Lunatic asylums Punjab 1868-1880 - 1868-1880
Year: 1868
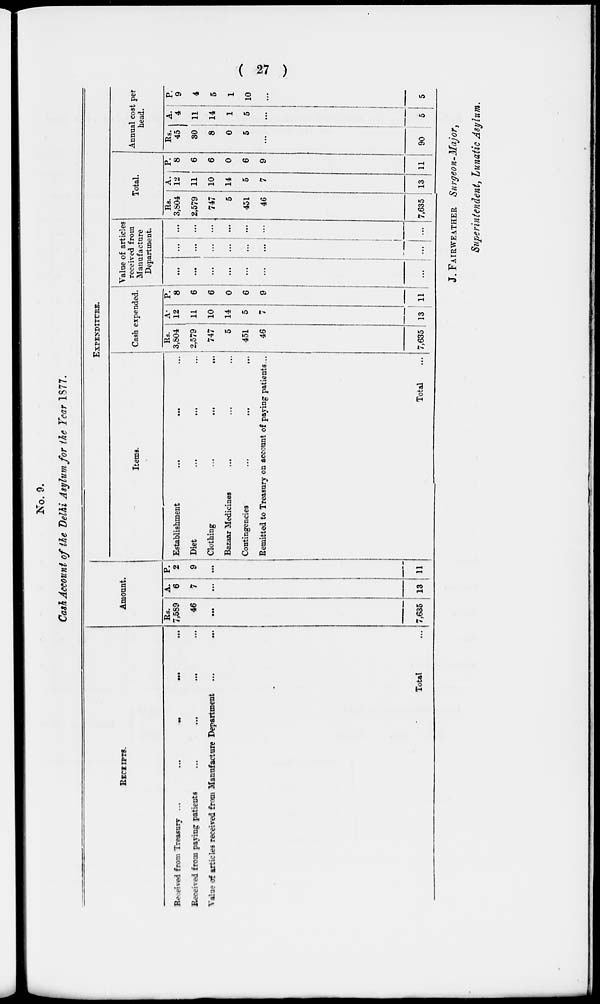
( 27 )
No. 9.
Cash Account of the Delhi Asylum for the Year 1877.
RECEIPTS.
Received from Treasury ...
...
...
...
Received from paying patients
...
...
...
Value of articles received from Manufacture Department ...
...
Total ...
Amount.
Rs.
7,589
46
...
7,635
A.
6
7
...
13
P.
2
9
...
11
EXPENDITURE.
Items.
Establishment ... ... ...
Diet
...
...
...
Clothing ... ... ...
Bazaar Medicines ... ... ...
Contingencies
...
...
...
Remitted to Treasury on account of paying patients...
Total
Cash expended.
Rs.
3,804
2,579
747
5
451
46
7,635
A.
12
11
10
14
5
7
13
P.
8
6
6
0
6
9
11
Value of articles
received from
Manufacture
Department.
...
...
...
...
...
...
...
...
...
...
...
...
...
...
...
...
...
...
...
...
...
Total.
Rs.
3,804
2,579
747
5
451
46
7,635
A.
12
11
10
14
5
7
13
P.
8
6
6
0
6
9
11
Annual cost per
head.
Rs.
45
30
8
0
5
...
90
A.
4
11
14
1
5
...
5
P.
9
4
5
1
10
...
5
J. FAIRWEATHER, Surgeon-Major,
Superintendent, Lunatic Asylum.